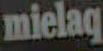
mielaq